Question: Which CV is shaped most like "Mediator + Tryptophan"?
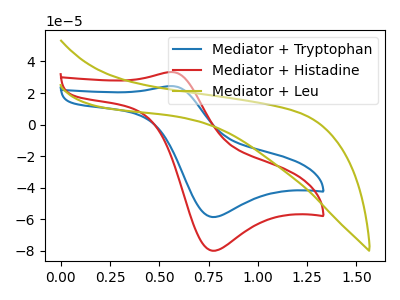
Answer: <think>The blue curve "Mediator + Tryptophan" has an anodic peak at (0.55V, 24.40uA) and a cathodic peak at (0.75V, -58.55uA). The red curve "Mediator + Histadine" has an anodic peak at (0.55V, 33.30uA) and a cathodic peak at (0.75V, -79.90uA). The olive curve "Mediator + Leu" has no peaks.
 All the peaks in "Mediator + Tryptophan" have a peak in "Mediator + Histadine" at the same potential. Every peak in "Mediator + Tryptophan" is lower than every peak in "Mediator + Histadine". "Mediator + Tryptophan" and "Mediator + Leu" have a different number of peaks. "Mediator + Histadine" and "Mediator + Leu" have a different number of peaks.</think>
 <answer>The CV with the most similar shape to "Mediator + Histadine" is "Mediator + Tryptophan".</answer>
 <eval>"Mediator + Tryptophan"</eval>